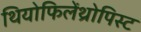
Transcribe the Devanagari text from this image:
थियोफिलेंथ्रोपिस्ट